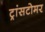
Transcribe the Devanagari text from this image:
ट्रांसटोमर